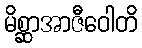
မိစ္ဆာအာဇီဝေါတိ